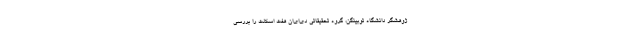
ژوهشگر دانشگاه توبینگن، گروه تحقیقاتی دی‌ای‌ان هفت اسکلت را بررسی